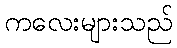
ကလေးများသည်